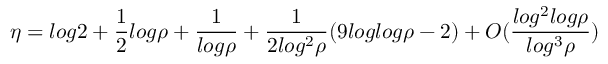
\eta = l o g 2 + \frac { 1 } { 2 } l o g \rho + \frac { 1 } { l o g \rho } + \frac { 1 } { 2 l o g ^ { 2 } \rho } ( 9 l o g l o g \rho - 2 ) + O ( \frac { l o g ^ { 2 } l o g \rho } { l o g ^ { 3 } \rho } )